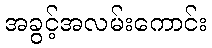
အခွင့်အလမ်းကောင်း